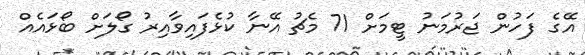
އޭގެ ފަހުން ޖަރުމަނު ޓީމަށް 71 މެޗު އޭނާ ކުޅެފައިވާއިރު ގޯލަށް ބޯޅައެއް